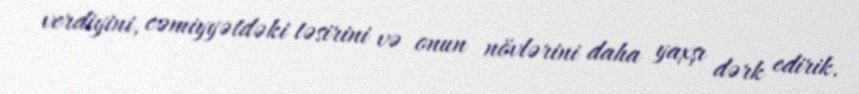
verdiyini, cəmiyyətdəki təsirini və onun növlərini daha yaxşı dərk edirik.